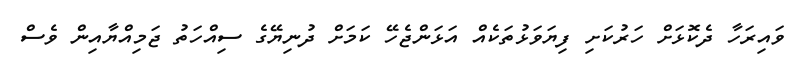
ވައިރަހާ ދެކޮޅަށް ހަރުކަށި ފިޔަވަޅުތަކެއް އަޅަންޖެހޭ ކަމަށް ދުނިޔޭގެ ސިއްހަތު ޖަމިއްޔާއިން ވެސް